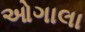
ઓગાલા